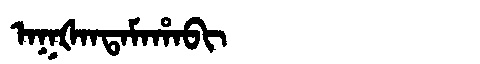
Manchu: ᠠᡴᡧᠠᠨᡨᠠᠮᠠᡥᠠᠪᡳ
Romanization: AKŠANTAMAHABI